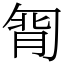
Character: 㔨